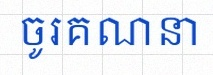
ចូរគណនា